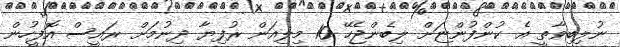
ނުލިބިވާތީ އެ ކުންފުންޏަށް ލިބެންޖެހޭ 10 މިލިއަން ރުފިޔާ ދިނުމަށް ރައީސް އޮފީހުން